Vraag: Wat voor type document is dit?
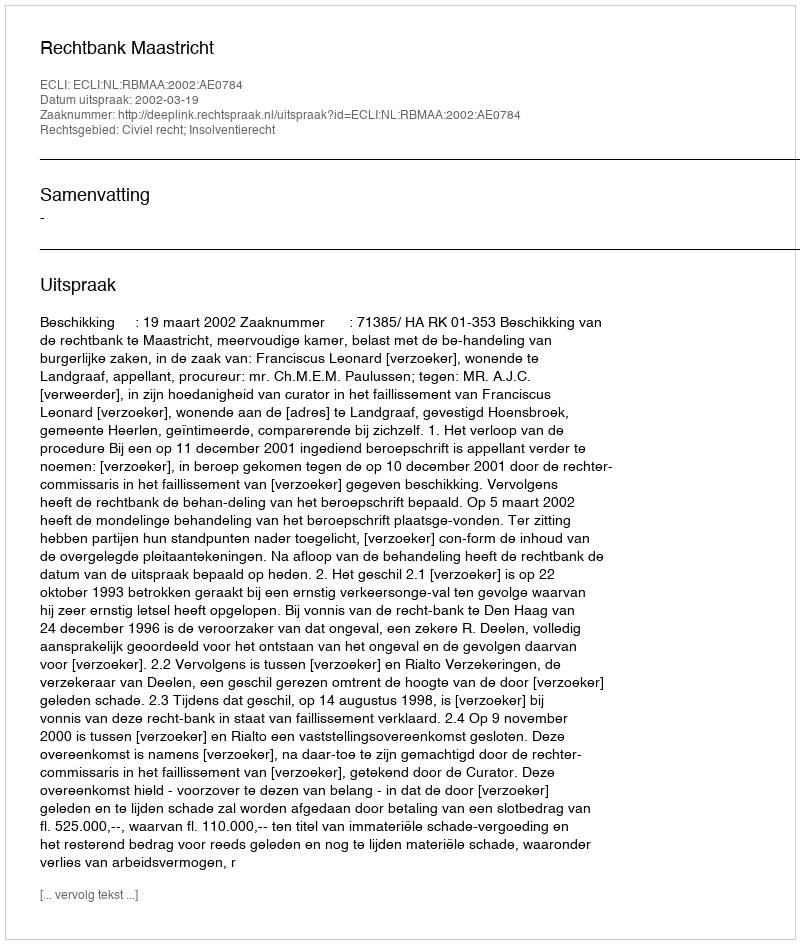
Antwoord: Uitspraak